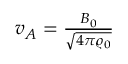
\begin{array} { r } { v _ { A } = \frac { B _ { 0 } } { \sqrt { 4 \pi \varrho _ { 0 } } } } \end{array}